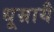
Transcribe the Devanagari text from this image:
धूम्रायै